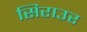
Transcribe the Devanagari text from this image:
सिराउर